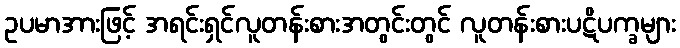
ဥပမာအားဖြင့် အရင်းရှင်လူတန်းစားအတွင်းတွင် လူတန်းစားပဋိပက္ခများ